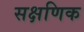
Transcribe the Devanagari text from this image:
सक्षणिक